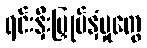
ရင်းနှီးမြှုပ်နှံမှုတွေ